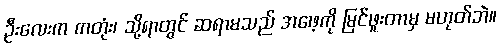
ဦးလေးက ကတုံး၊ သို့ရာတွင် ဆရာမသည် အဖေ့ကို မြင်ဖူးတာမှ မဟုတ်ဘဲ။